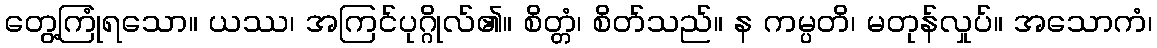
တွေ့ကြုံရသော။ ယဿ၊ အကြင်ပုဂ္ဂိုလ်၏။ စိတ္တံ၊ စိတ်သည်။ န ကမ္ပတိ၊ မတုန်လှုပ်။ အသောကံ၊